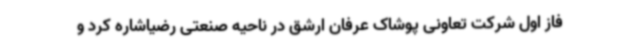
فاز اول شرکت تعاونی پوشاک عرفان ارشق در ناحیه صنعتی رضیاشاره کرد و